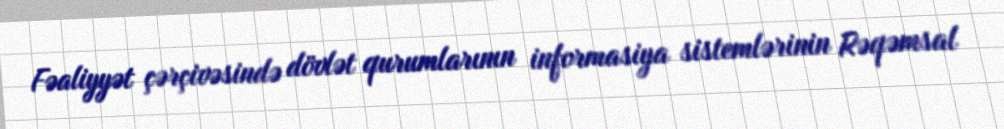
Fəaliyyət çərçivəsində dövlət qurumlarının informasiya sistemlərinin Rəqəmsal